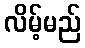
လိမ့်မည်